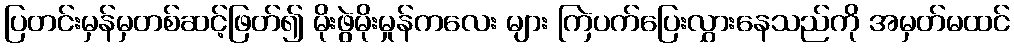
ပြတင်းမှန်မှတစ်ဆင့်ဖြတ်၍ မိုးဖွဲမိုးမှုန်ကလေး များ ကြဲပက်ပြေးလွှားနေသည်ကို အမှတ်မထင်